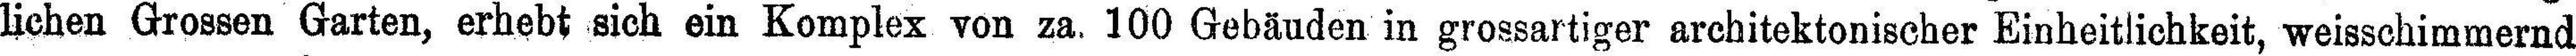
lichen Grossen Garten, erhebt sich ein Komplex von za. 100 Gebäuden in grossartiger architektonischer Einheitlichkeit, weisschimmernd